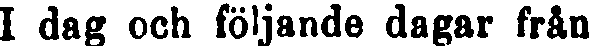
I dag och följande dagar från